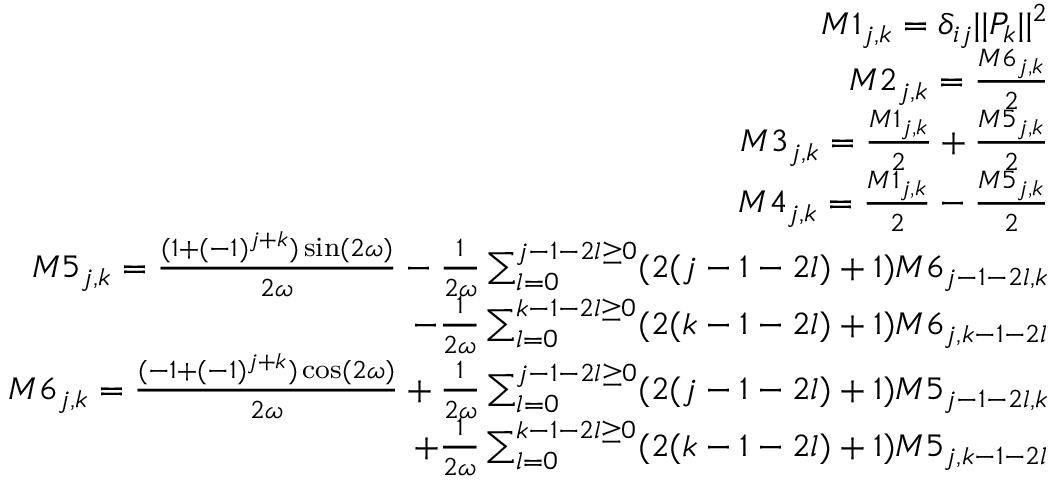
\begin{array} { r } { M 1 _ { j , k } = \delta _ { i j } | | P _ { k } | | ^ { 2 } } \\ { M 2 _ { j , k } = \frac { M 6 _ { j , k } } { 2 } } \\ { M 3 _ { j , k } = \frac { M 1 _ { j , k } } { 2 } + \frac { M 5 _ { j , k } } { 2 } } \\ { M 4 _ { j , k } = \frac { M 1 _ { j , k } } { 2 } - \frac { M 5 _ { j , k } } { 2 } } \\ { M 5 _ { j , k } = \frac { ( 1 + ( - 1 ) ^ { j + k } ) \sin ( 2 \omega ) } { 2 \omega } - \frac { 1 } { 2 \omega } \sum _ { l = 0 } ^ { j - 1 - 2 l \geq 0 } ( 2 ( j - 1 - 2 l ) + 1 ) M 6 _ { j - 1 - 2 l , k } } \\ { - \frac { 1 } { 2 \omega } \sum _ { l = 0 } ^ { k - 1 - 2 l \geq 0 } ( 2 ( k - 1 - 2 l ) + 1 ) M 6 _ { j , k - 1 - 2 l } } \\ { M 6 _ { j , k } = \frac { ( - 1 + ( - 1 ) ^ { j + k } ) \cos ( 2 \omega ) } { 2 \omega } + \frac { 1 } { 2 \omega } \sum _ { l = 0 } ^ { j - 1 - 2 l \geq 0 } ( 2 ( j - 1 - 2 l ) + 1 ) M 5 _ { j - 1 - 2 l , k } } \\ { + \frac { 1 } { 2 \omega } \sum _ { l = 0 } ^ { k - 1 - 2 l \geq 0 } ( 2 ( k - 1 - 2 l ) + 1 ) M 5 _ { j , k - 1 - 2 l } } \end{array}